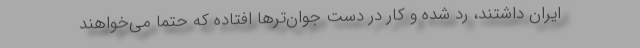
ایران داشتند، رد شده و کار در دست جوان‌ترها افتاده که حتما می‌خواهند